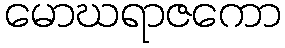
မောဃရာဇကော